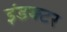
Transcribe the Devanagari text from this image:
इंडक्टर